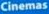
Cinemas